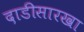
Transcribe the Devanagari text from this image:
दाडीसारखा